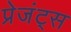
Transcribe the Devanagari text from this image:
प्रेजंट्स